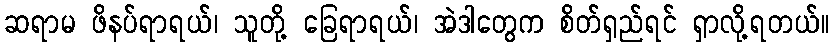
ဆရာမ ဖိနပ်ရာရယ်၊ သူတို့ ခြေရာရယ်၊ အဲဒါတွေက စိတ်ရှည်ရင် ရှာလို့ရတယ်။